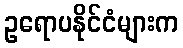
ဥရောပနိုင်ငံများက